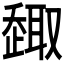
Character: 𠮋